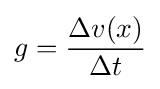
g={\frac {\Delta v(x)}{\Delta t}}